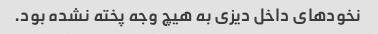
نخود‌های داخل دیزی به هیچ وجه پخته نشده بود.